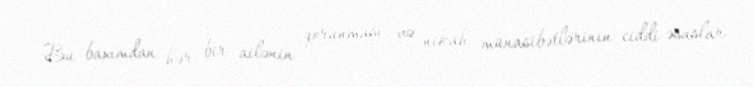
Bu baxımdan hər bir ailənin qorunması və nikah münasibətlərinin ciddi əsaslar